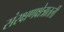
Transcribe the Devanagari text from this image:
संरक्षणक्षेत्रातली